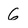
Character: 6